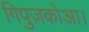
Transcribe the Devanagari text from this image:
गिपुज़कोआ।